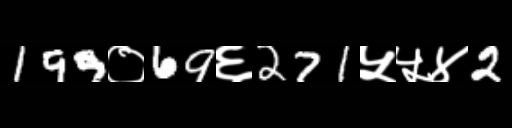
Text: 199०69६271५५४2